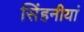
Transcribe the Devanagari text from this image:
सिंहनीयां